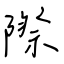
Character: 際